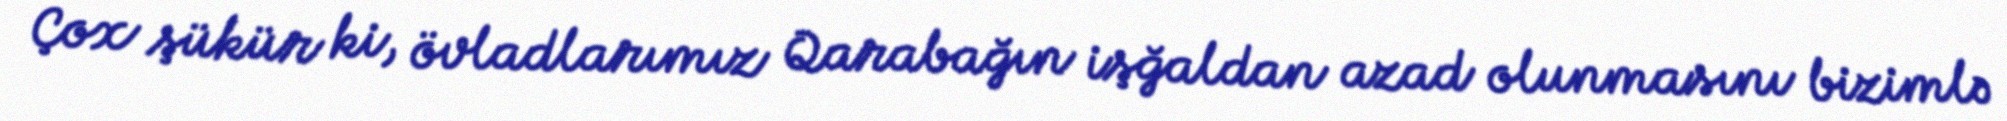
Çox şükür ki, övladlarımız Qarabağın işğaldan azad olunmasını bizimlə